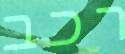
רכב